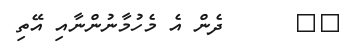
٢٧      ދެން އެ މެހުމާނުންނާއި އޭތި